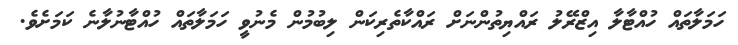
ހަމަލާތައް ހުއްޓާލާ އިޒްރޭލު ރައްޔިތުންނަށް ރައްކާތެރިކަން ލިބުމުން މެނުވީ ހަމަލާތައް ހުއްޓާނުލާނެ ކަމަށެވެ.